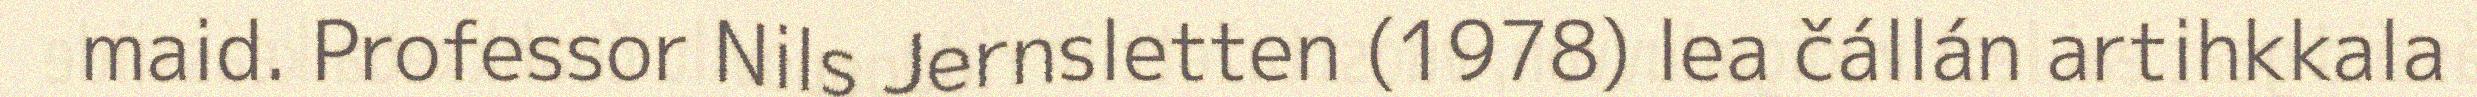
maid. Professor Nils Jernsletten (1978) lea čállán artihkkala